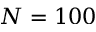
N = 1 0 0